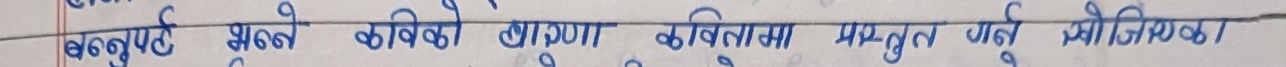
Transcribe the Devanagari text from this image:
बस्तुहरूले भन्ने कविको कल्पनामा प्रस्तुत गर्ने सोजिएको